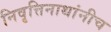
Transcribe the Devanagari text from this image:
निवृत्तिनाथांनीच